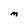
Character: M